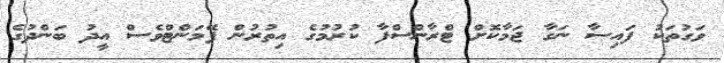
ވަގުތަކު ފައިސާ ނަގާ ޖަމާކޮށް ޓްރާންސްފާ ކުރުމުގެ އިތުރުން ޕޭމަންޓްވެސް އީދު ބަންދުގެ